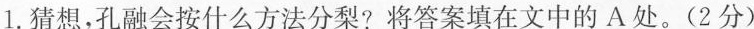
1.猜想，孔融会按什么方法分梨?将答案填在文中的A处。(2分)